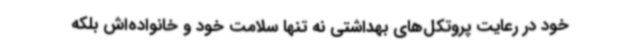
خود در رعایت پروتکل‌های بهداشتی نه تنها سلامت خود و خانواده‌اش بلکه